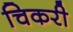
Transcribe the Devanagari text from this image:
चिकरी